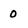
Character: 0